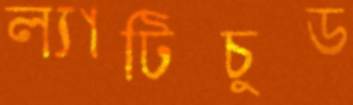
ল্যাটিচুড